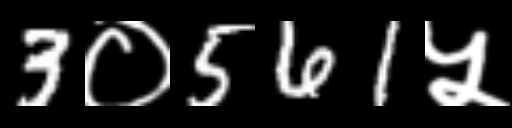
Text: 3०561५